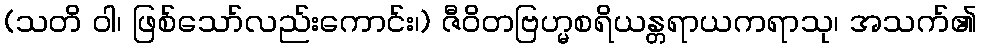
(သတိ ဝါ၊ ဖြစ်သော်လည်းကောင်း၊) ဇီဝိတဗြဟ္မစရိယန္တရာယကရာသု၊ အသက်၏